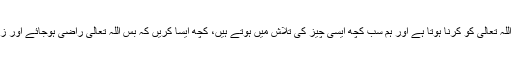
فیروزخان نے کہا کہ ہم سب کو راضی تو اللہ تعالیٰ کو کرنا ہوتا ہے اور ہم سب کچھ ایسی چیز کی تلاش میں ہوتے ہیں، کچھ ایسا کریں کہ بس اللہ تعالیٰ راضی ہوجائے اور زندگی صرف خدا کو راضی کرنے میں ہے۔